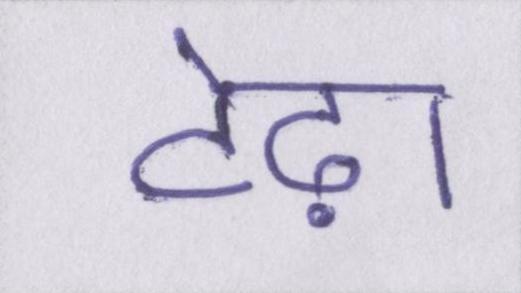
टेढ़ा